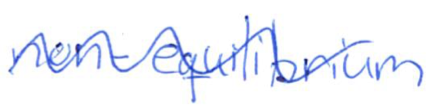
Text: non-equilibrium
Cross-out: wave
Writing tool: ballpoint